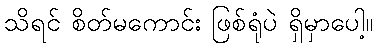
သိရင် စိတ်မကောင်း ဖြစ်ရုံပဲ ရှိမှာပေါ့။